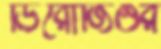
ডিরোজিওর